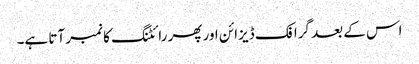
اس کے بعد گرافک ڈیزائن اور پھر رائٹنگ کا نمبر آتا ہے۔